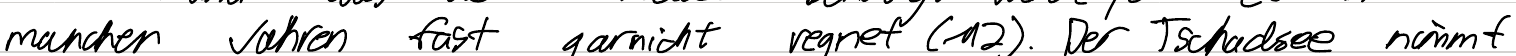
manchen Jahren fast gar nicht regnet (M2). Der Tschadsee nimmt